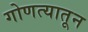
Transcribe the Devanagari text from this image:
गोणत्यातून